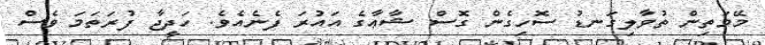
މޭމަތިން ތުވާލިގަނޑު ސޮހިގެން ގޮސް ޝާޢާގެ އައުރަ ފެނެއެވެ. ހަދީޖާ ފުރަތަމަ ވެސް